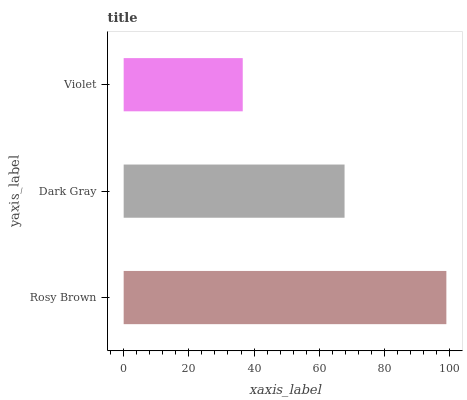
| yaxis_label | bars |
 | --- | --- |
 | Rosy Brown | 99 |
 | Dark Gray | 67.8 |
 | Violet | 36.5 |